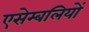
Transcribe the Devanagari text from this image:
एसेम्बलियों